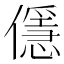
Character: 㒚